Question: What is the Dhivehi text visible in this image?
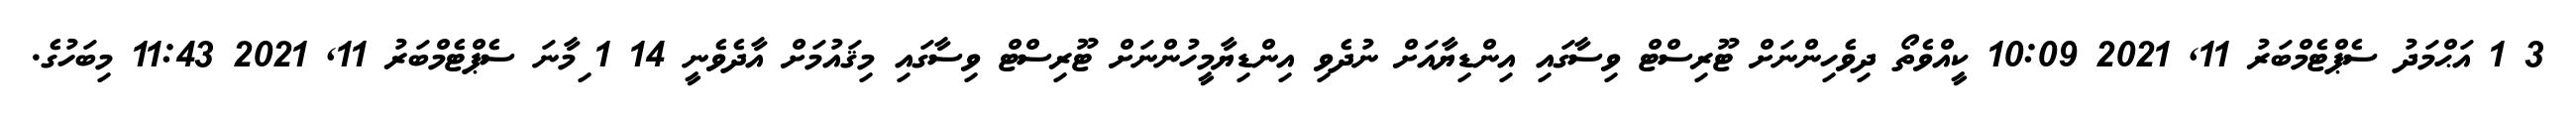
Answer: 3 1 އަޙްމަދު ސެޕްޓެމްބަރު 11, 2021 10:09 ކީއްވެތޯ ދިވެހިންނަށް ޓޫރިސްޓް ވިސާގައި އިންޑިޔާއަށް ނުދެވި އިންޑިޔާމީހުންނަށް ޓޫރިސްޓް ވިސާގައި މިޤައުމަށް އާދެވެނީ 14 1 ިމާނަ ސެޕްޓެމްބަރު 11, 2021 11:43 މިބަހުގެ.